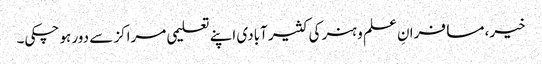
خیر، مسافرانِ علم و ہنر کی کثیر آبادی اپنے تعلیمی مراکز سے دور ہو چکی۔